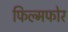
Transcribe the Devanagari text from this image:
फिल्मफोर